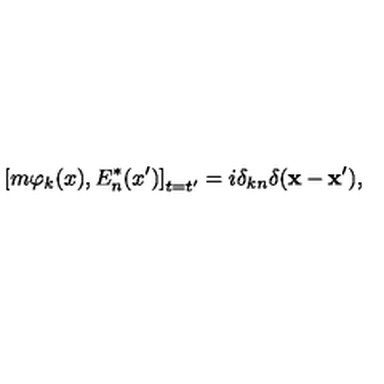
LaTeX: \left[ m \varphi _ { k } ( x ) , E _ { n } ^ { * } ( x ^ { \prime } ) \right] _ { t = t ^ { \prime } } = i \delta _ { k n } \delta ( \mathbf { x } - \mathbf { x } ^ { \prime } ) ,